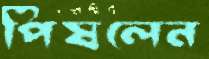
পিষলেন